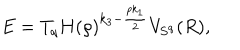
E = T _ { q } H ( \rho ) ^ { k _ { 3 } - \frac { p k _ { 1 } } { 2 } } V _ { { \bf S } ^ { q } } ( R ) ,